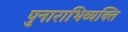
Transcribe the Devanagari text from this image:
पुनाराभिव्यक्ति